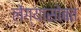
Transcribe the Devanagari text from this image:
लेंग्यासोबत